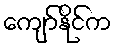
ကျော်နိုင်က